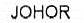
JOHOR